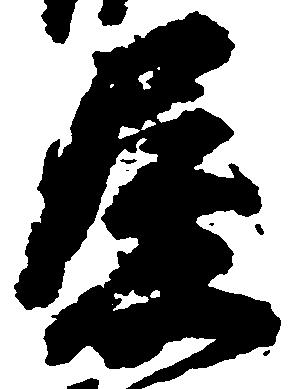
屋